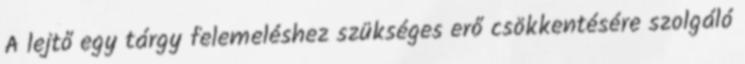
A lejtő egy tárgy felemeléshez szükséges erő csökkentésére szolgáló